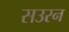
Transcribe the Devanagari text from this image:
सउरन